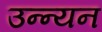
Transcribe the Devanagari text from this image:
उन्न्यन